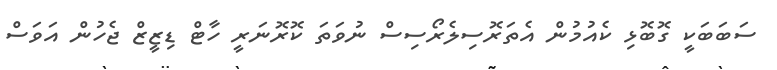
ސަބަބަކީ ގޮބޮޅި ކެއުމުން އެތަރޮސިލެރޯސިސް ނުވަތަ ކޮރޮނަރީ ހާޓް ޑިޒީޒް ޖެހުން އަވަސް